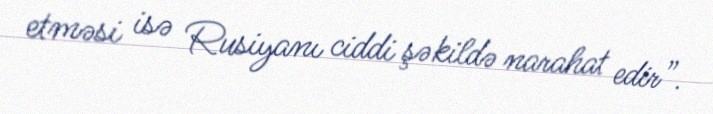
etməsi isə Rusiyanı ciddi şəkildə narahat edir”.